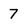
Character: 7